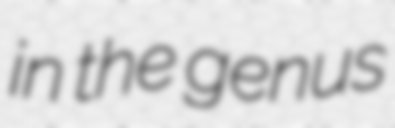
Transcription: in the genus